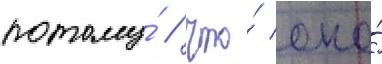
потому́ / что́ оно́